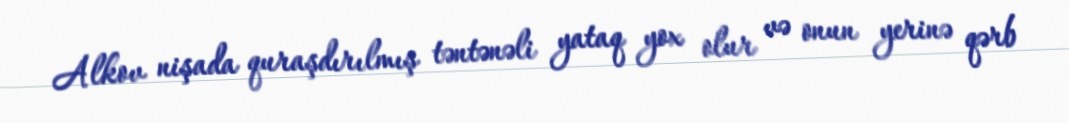
Alkov nişada quraşdırılmış təntənəli yataq yox olur və onun yerinə qərb